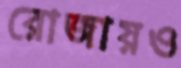
রোজায়ও